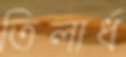
তিলার্ধ